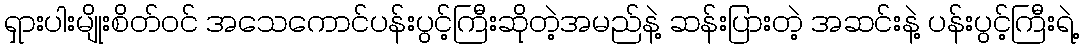
ရှားပါးမျိုးစိတ်ဝင် အသေကောင်ပန်းပွင့်ကြီးဆိုတဲ့အမည်နဲ့ ဆန်းပြားတဲ့ အဆင်းနဲ့ ပန်းပွင့်ကြီးရဲ့